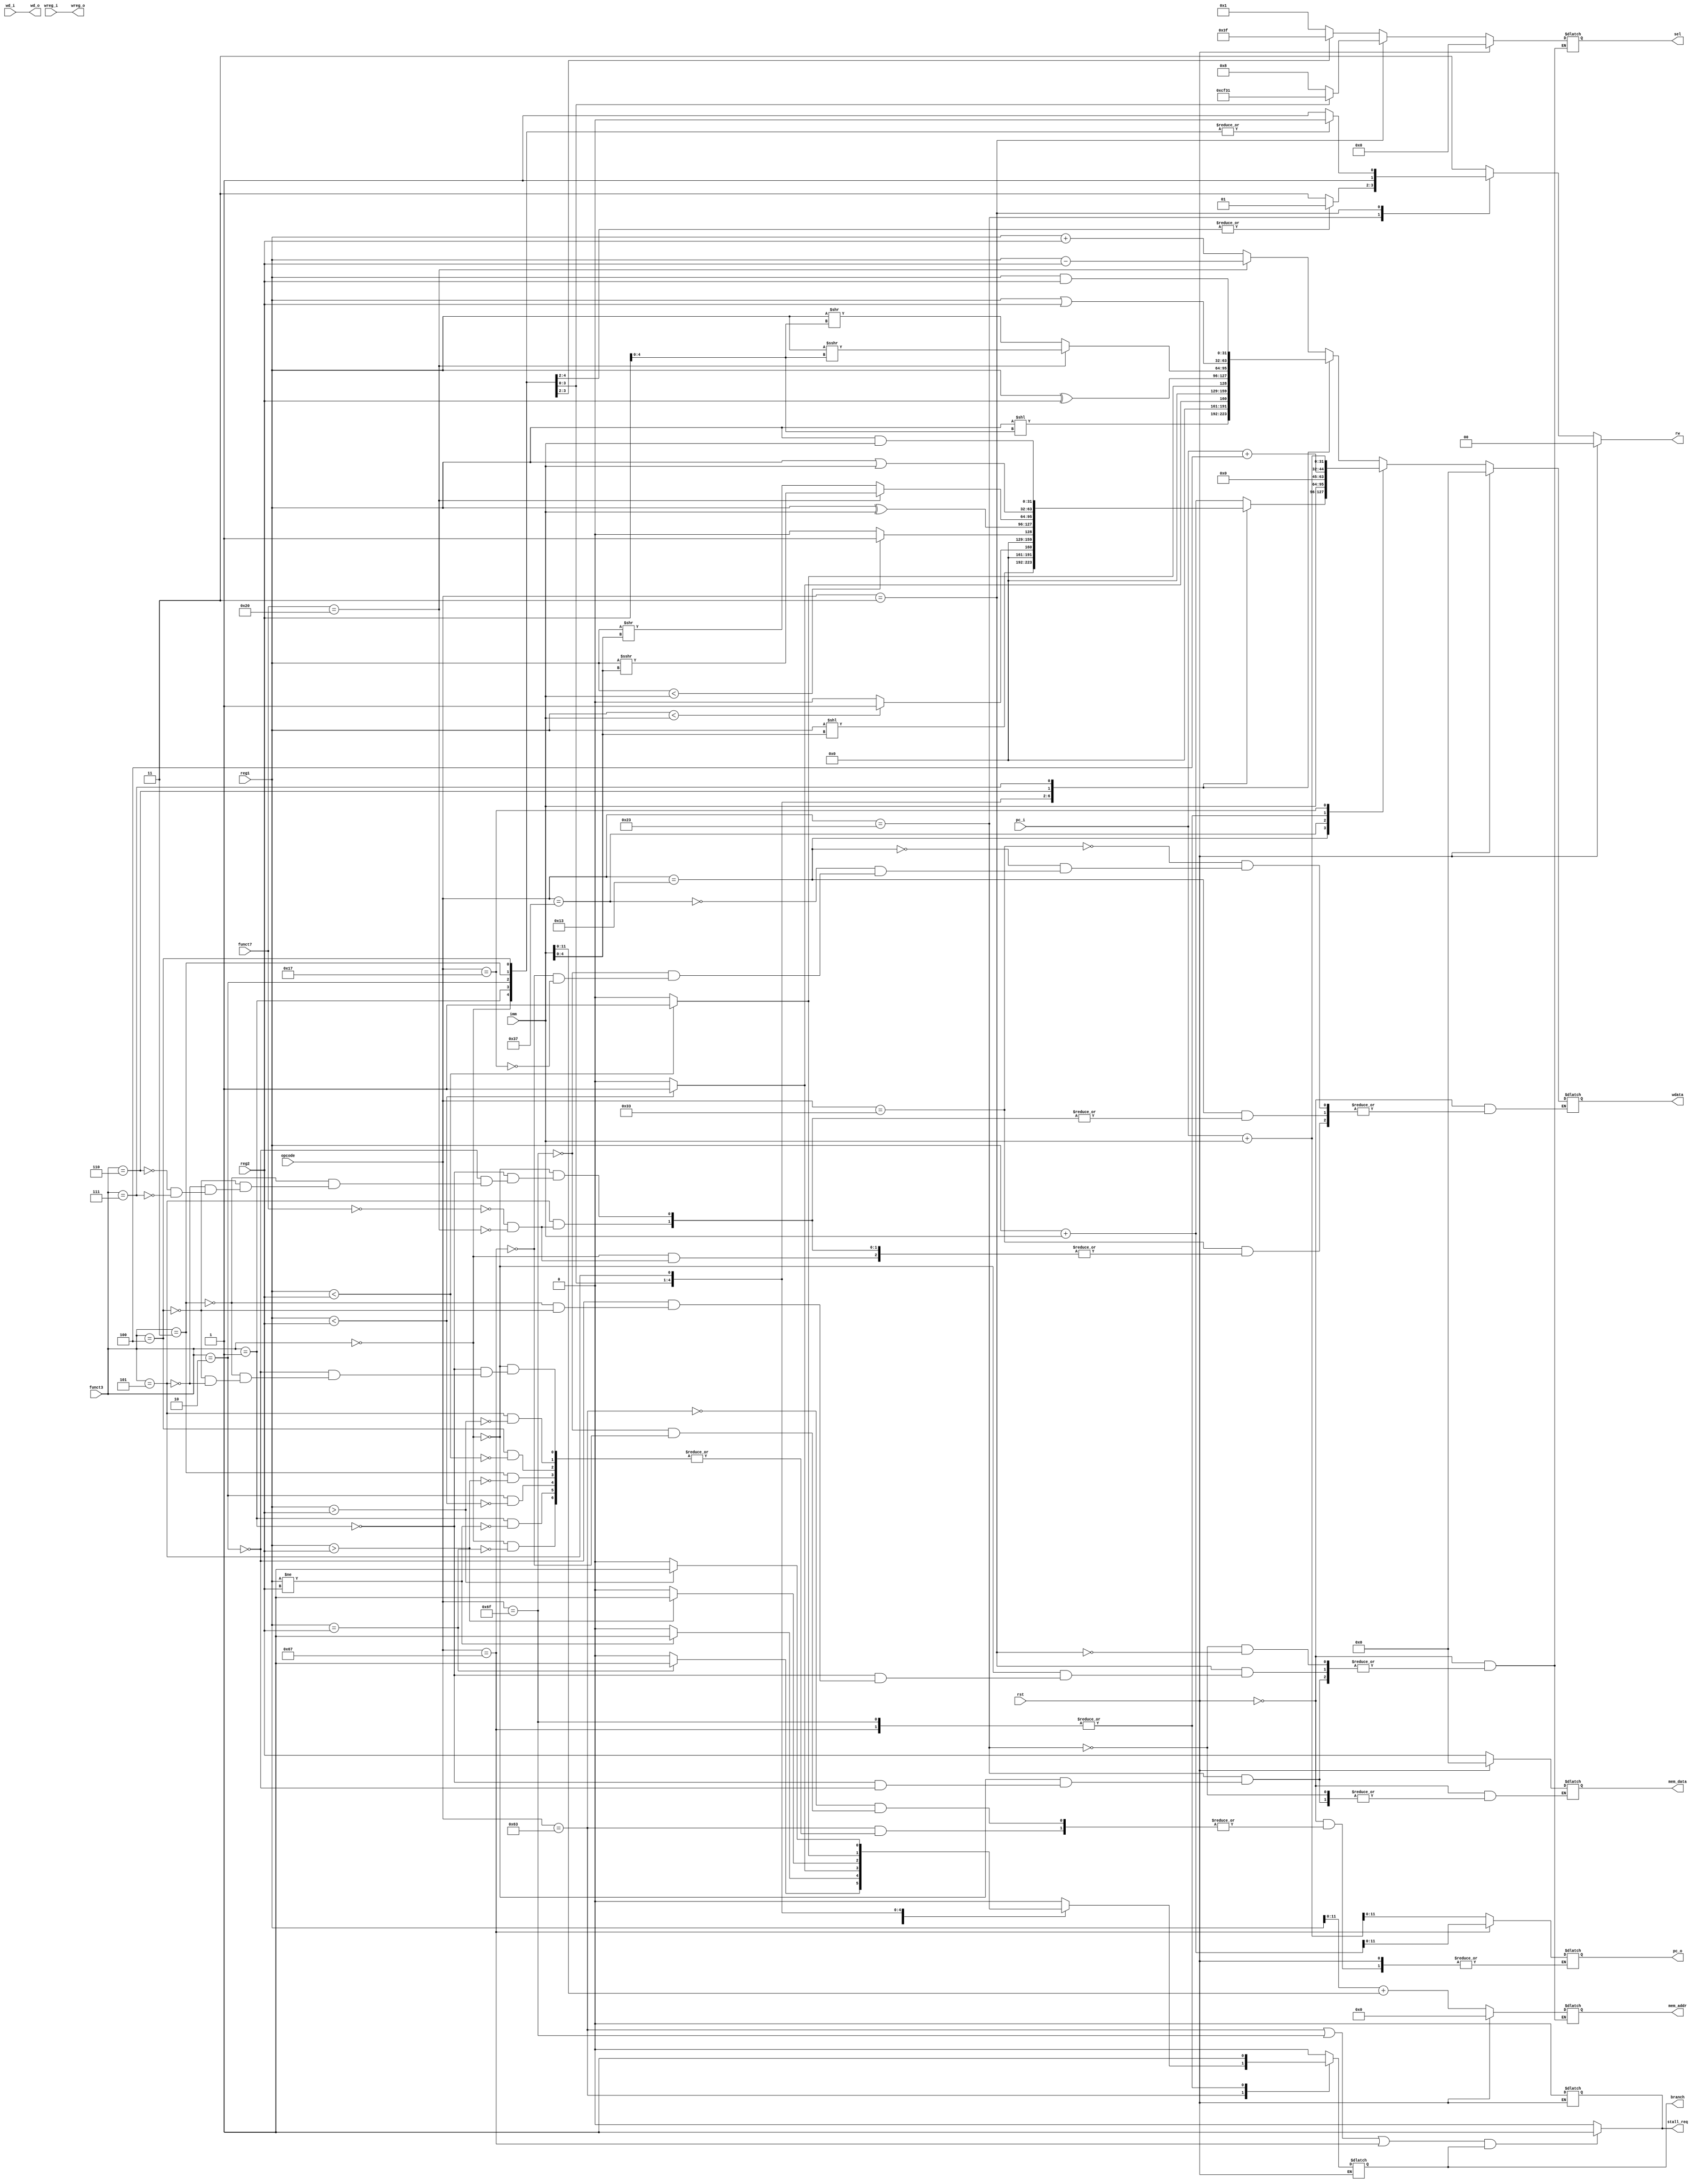
`timescale 1ns / 1ps
//////////////////////////////////////////////////////////////////////////////////
// Company: 
// Engineer: 
// 
// Design Name: 
// Module Name: ex
// Project Name: 
// Target Devices: 
// Tool Versions: 
// Description: 
// 
// Dependencies: 
// 
// Revision:
// Revision 0.01 - File Created
// Additional Comments:
// 
//////////////////////////////////////////////////////////////////////////////////


module ex(
           input wire rst,
          
           input wire[11:0] pc_i,
           input wire[31:0] imm,
           input wire[6:0] opcode,
           input wire[2:0] funct3,
           input wire[6:0] funct7,
           input wire[31:0] reg1,
           input wire[31:0] reg2,
           input wire[4:0] wd_i,
           input wire wreg_i,
           
           output wire[4:0] wd_o,
           output reg[31:0] wdata,
           output wire wreg_o,
           output reg[11:0] mem_addr,
           output reg[1:0] rw,
           output reg[3:0] sel,
           output reg[31:0] mem_data,
          
           output reg stall_req,
           
           //
           output reg[11:0] pc_o,
           output reg branch
    );
    
    wire signed[31:0]  reg_1=reg1;//
    wire signed[31:0]  reg_2=reg2;
    wire signed[31:0]  imm_=imm;
    
    wire[4:0] wd=wd_i;
    wire wreg=wreg_i;
    
    always @ (*) begin
       if(rst==1) begin
          wdata<=0; mem_addr=0; rw=0; sel=0; mem_data=0;
       end else begin 
          branch=0; rw<=2'b11;stall_req=0; 
          case (opcode)
              7'b0110011: begin  //R
                     case(funct3)
                              3'b000:begin
                                     case(funct7)
                                         7'b0000000:begin//add
                                             wdata<=reg1+reg2; 
                                         end    
                                         7'b0100000:begin//sub
                                             wdata<=reg1-reg2; 
                                         end
                                     endcase  
                              end
                              3'b001:begin//SLL
                                   wdata<=reg1<<reg2[4:0];
                              end
                              3'b010:begin//SLT
                                   wdata<= (reg_1<reg_2) ? 1 : 0;   
                              end 
                              3'b011:begin//SLTU
                                   wdata<=(reg1<reg2) ? 1 : 0;    
                              end
                              3'b100:begin//XOR
                                  wdata<= reg1^reg2;
                              end
                              3'b101:begin
                                      case(funct7)
                                            7'b0000000:begin//SRL
                                                   wdata<=reg1>>reg2[4:0]; 
                                             end    
                                             7'b0100000:begin//SRA
                                                   wdata<=reg_1>>>reg2[4:0];
                                                   //
                                             end
                                      endcase  
                              end
                              3'b110:begin//OR
                                     wdata<=reg1|reg2;   
                              end
                              3'b111:begin//AND
                                     wdata<= reg1&reg2;
                              end    
                     endcase
               end                                    
            7'b0010011: begin  //I
                  case(funct3)
                      3'b000:begin//ADDI
                           wdata<=reg1+imm;
                      end
                      3'b001:begin//SLLI
                           wdata<=reg1<<imm[4:0];
                      end
                      3'b010:begin//SLTI
                           wdata<= (reg_1<imm_) ? 1 : 0; 
                      end
                      3'b011:begin//SLTIU
                           wdata<= (reg1<imm) ? 1 : 0;
                      end
                      3'b100:begin//XORI
                           wdata<=reg1^imm;
                      end
                      3'b101:begin
                           case(funct7)
                                 7'b0000000:begin//SRLI
                                        wdata<=reg1>>imm[4:0]; 
                                 end    
                                 7'b0100000:begin//SRAI
                                        wdata<=reg_1>>>imm[4:0]; 
                                 end
                           endcase  
                      end
                      3'b110:begin//ORI
                           wdata<=reg1|imm;
                      end
                      3'b111:begin//ANDI
                           wdata<=reg1&imm;
                      end
                  endcase
            end//i
           7'b0100011: begin//S store
                  case(funct3)
                        3'b000:begin//SB
                               mem_addr<=reg1[11:0]+imm[11:0];
                               rw<=2'b01;
                               sel<=4'b0001;
                               mem_data<=reg2;
                        end
                        3'b001:begin//SH
                               mem_addr<=reg1[11:0]+imm[11:0];
                               rw<=2'b01;
                               sel<=4'b0011;
                               mem_data<=reg2;
                        end
                        3'b010:begin//SW
                               mem_addr<=reg1[11:0]+imm[11:0];
                               rw<=2'b01;
                               sel<=4'b1111;
                               mem_data<=reg2;
                        end   
                  endcase
           end             
           7'b0000011: begin//I load
                   case(funct3)
                         3'b000:begin//LB
                                 mem_addr<=reg1[11:0]+imm[11:0];
                                 rw<=2'b10;
                                 sel<=4'b1000;                         
                         end
                         3'b001:begin//LH
                                 mem_addr<=reg1[11:0]+imm[11:0];
                                 rw<=2'b10;
                                 sel<=4'b1100;  
                         end
                         3'b010:begin//LW
                                 mem_addr<=reg1[11:0]+imm[11:0];
                                 rw<=2'b10;
                                 sel<=4'b1111;  
                         end
                         3'b011:begin//LBU
                                mem_addr<=reg1[11:0]+imm[11:0];
                                rw<=2'b10;
                                sel<=4'b0011;  
                         end
                         3'b100:begin//LHU
                                 mem_addr<=reg1[11:0]+imm[11:0];
                                 rw<=2'b10;
                                 sel<=4'b0001;   
                         end
                   endcase
           end//
           7'b0110111: begin //lui
                wdata<=imm;
           end
           7'b1100011: begin //
                 case(funct3)
                     3'b000:begin//beq
                          if(reg1==reg2) begin
                             pc_o<=pc_i+imm;
                               //pc_o<=imm[11:0];  
                              branch<=1;
                          end    
                     end  
                     3'b001:begin//bne
                          if(reg1!=reg2) begin
                              pc_o<=pc_i+imm;
                               //pc_o<=imm[11:0]; 
                              branch<=1;
                          end    
                     end
                     3'b010:begin//blt
                          if(reg_1<reg_2) begin
                               pc_o<=pc_i+imm;
                               branch<=1;
                          end    
                     end
                     3'b011:begin//bge
                           if(reg_1>reg_2) begin
                                pc_o<=pc_i+imm;
                                branch<=1;
                           end  
                     end
                     3'b100:begin//bltu
                           if(reg1<reg2) begin
                                pc_o<=pc_i+imm;
                                branch<=1;
                           end  
                     end
                     3'b101:begin//bgeu
                           if(reg1>reg2) begin
                                 pc_o<=pc_i+imm;
                                 branch<=1;
                           end  
                     end
                endcase   
            end
             7'b1101111: begin //jal
                pc_o<=pc_i+imm;
                branch<=1;
                wdata<=pc_i+4;
             end
               7'b1100111: begin //jal
                           pc_o<=reg1+imm;
                           branch<=1;
                           wdata<=pc_i+4;
            end
             7'b0010111: begin //auipc
                          wdata<=pc_i+imm;
            end
           endcase
           end
          end
          
            always @ (*) begin
              stall_req<=0;
              if(((opcode==7'b1100011)|(opcode==7'b1101111)|(opcode==7'b1100111))&&branch==1)begin
                  stall_req<=1;    
              end
           end   
          assign wd_o=wd;
          assign wreg_o=wreg;
endmodule